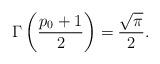
LaTeX: \begin{align*}\Gamma\left( \frac{p_{0}+1}{2}\right) =\frac{\sqrt{\pi}}{2}. \end{align*}